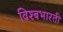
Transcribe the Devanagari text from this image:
विश्बभारती